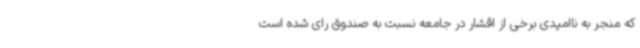
که منجر به ناامیدی برخی از اقشار در جامعه نسبت به صندوق رای شده است